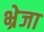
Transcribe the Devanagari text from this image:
भ्रेजा